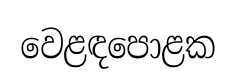
වෙළඳපොළක